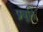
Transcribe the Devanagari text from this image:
प्रवृ्ति